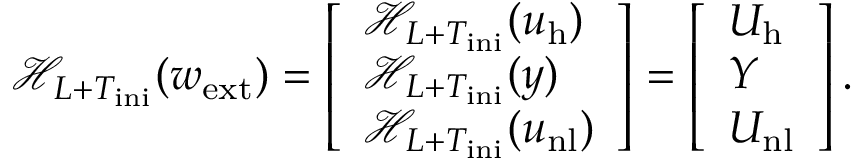
\mathcal { H } _ { L + T _ { \mathrm { i n i } } } ( w _ { \mathrm { e x t } } ) = \left[ \begin{array} { l } { \mathcal { H } _ { L + T _ { \mathrm { i n i } } } ( u _ { \mathrm { h } } ) } \\ { \mathcal { H } _ { L + T _ { \mathrm { i n i } } } ( y ) } \\ { \mathcal { H } _ { L + T _ { \mathrm { i n i } } } ( u _ { \mathrm { n l } } ) } \end{array} \right] = \left[ \begin{array} { l } { U _ { \mathrm { h } } } \\ { Y } \\ { U _ { \mathrm { n l } } } \end{array} \right] .